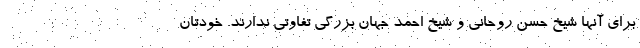
برای آنها شیخ حسن روحانی و شیخ احمد جهان بزرگی تفاوتی ندارند. خودتان